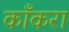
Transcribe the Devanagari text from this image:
काँकरा